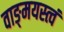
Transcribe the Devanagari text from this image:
वाङ्‌मयस्त्वं